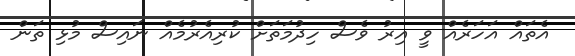
އެތައް އަހަރެއް ވީ އިރު ވެސް ހިދުމަތަށް ކުރިއެރުމެއް ނައިސް މުޅި ތަން